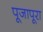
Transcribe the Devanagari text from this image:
पूजापूरा